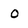
Character: 0